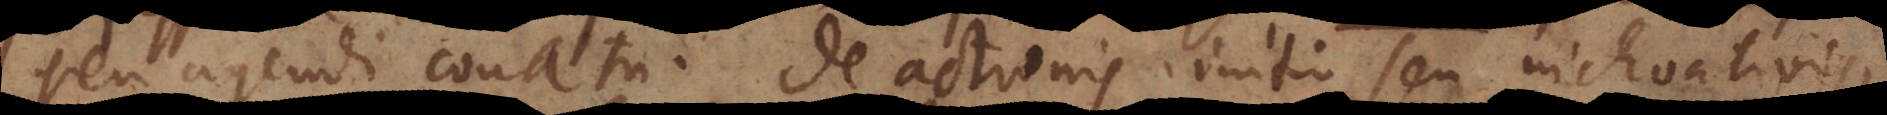
seu agendi conatu. De actionis initio seu inchoativis,